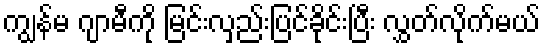
ကျွန်မ ဂျာမီကို မြင်းလှည်းပြင်ခိုင်းပြီး လွှတ်လိုက်မယ်